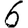
Digit: 6